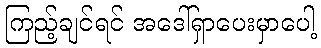
ကြည့်ချင်ရင် အဒေါ်ရှာပေးမှာပေါ့